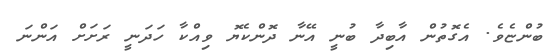
ބުންޏެވެ. އެގޮތުން އާބިދާ ބުނީ އޭނާ ދޮންކެޔޮ ވިއްކާ ހަދަނީ ރަށަށް އަންނަ